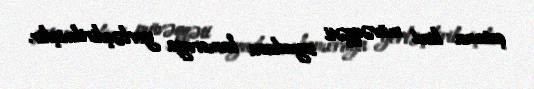
çatana kimi müvəqqəti soyuducu kameraya yerləşdirilmişdir.